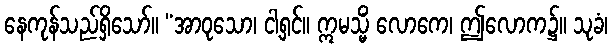
နေကုန်သည်ရှိသော်။ “အာဝုသော၊ ငါ့ရှင်။ ဣမသ္မိံ လောကေ၊ ဤလောက၌။ သုခံ၊